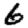
Digit: 6